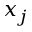
x _ { j }